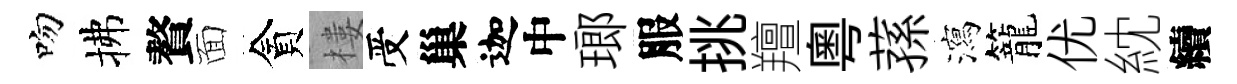
吻拂贅面貪樓受巢迦中瑯服挑羶粤蓀瀉籠优紞續